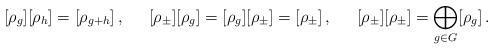
LaTeX: \begin{align*} [\rho_g][\rho_h]&=[\rho_{g+h}]\,,& [\rho_\pm][\rho_g]&=[\rho_g][\rho_\pm]=[\rho_\pm]\,, & [\rho_\pm][\rho_\pm] &= \bigoplus_{g\in G}[\rho_g]\,.\end{align*}